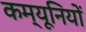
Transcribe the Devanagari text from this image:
कम्यूनियों